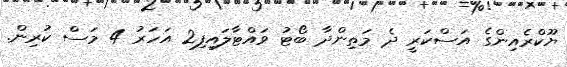
ޔޫކްރެއިންގެ އަސްކަރީ ދެ މަތިންދާ ބޯޓު ވައްޓާލައިފި2 އަހަރު 4 މަސް ކުރިން.